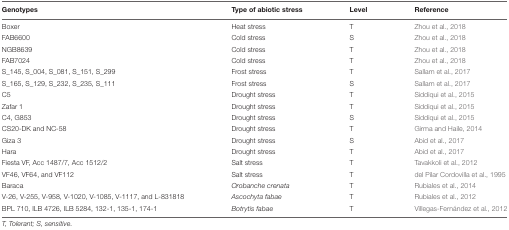
<table><thead><tr><td><b>Genotypes</b></td><td><b>Type of abiotic stress</b></td><td><b>Level</b></td><td><b>Reference</b></td></tr></thead><tbody><tr><td>Boxer</td><td>Heat stress</td><td>T</td><td>Zhou et al., 2018</td></tr><tr><td>FAB6600</td><td>Cold stress</td><td>S</td><td>Zhou et al., 2018</td></tr><tr><td>NGB8639</td><td>Cold stress</td><td>T</td><td>Zhou et al., 2018</td></tr><tr><td>FAB7024</td><td>Cold stress</td><td>T</td><td>Zhou et al., 2018</td></tr><tr><td>S_145, S_004, S_081, S_151, S_299</td><td>Frost stress</td><td>T</td><td>Sallam et al., 2017</td></tr><tr><td>S_165, S_129, S_232, S_235, S_111</td><td>Frost stress</td><td>S</td><td>Sallam et al., 2017</td></tr><tr><td>C5</td><td>Drought stress</td><td>T</td><td>Siddiqui et al., 2015</td></tr><tr><td>Zafar 1</td><td>Drought stress</td><td>T</td><td>Siddiqui et al., 2015</td></tr><tr><td>C4, G853</td><td>Drought stress</td><td>S</td><td>Siddiqui et al., 2015</td></tr><tr><td>CS20-DK and NC-58</td><td>Drought stress</td><td>T</td><td>Girma and Haile, 2014</td></tr><tr><td>Giza 3</td><td>Drought stress</td><td>S</td><td>Abid et al., 2017</td></tr><tr><td>Hara</td><td>Drought stress</td><td>T</td><td>Abid et al., 2017</td></tr><tr><td>Fiesta VF, Acc 1487/7, Acc 1512/2</td><td>Salt stress</td><td>T</td><td>Tavakkoli et al., 2012</td></tr><tr><td>VF46, VF64, and VF112</td><td>Salt stress</td><td>T</td><td>del Pilar Cordovilla et al., 1995</td></tr><tr><td>Baraca</td><td><i>Orobanche crenata</i></td><td>T</td><td>Rubiales et al., 2014</td></tr><tr><td>V-26, V-255, V-958, V-1020, V-1085, V-1117, and L-831818</td><td><i>Ascochyta fabae</i></td><td>T</td><td>Rubiales et al., 2012</td></tr><tr><td>BPL 710, ILB 4726, ILB 5284, 132-1, 135-1, 174-1</td><td><i>Botrytis fabae</i></td><td>T</td><td>Villegas-Fernández et al., 2012</td></tr></tbody></table>